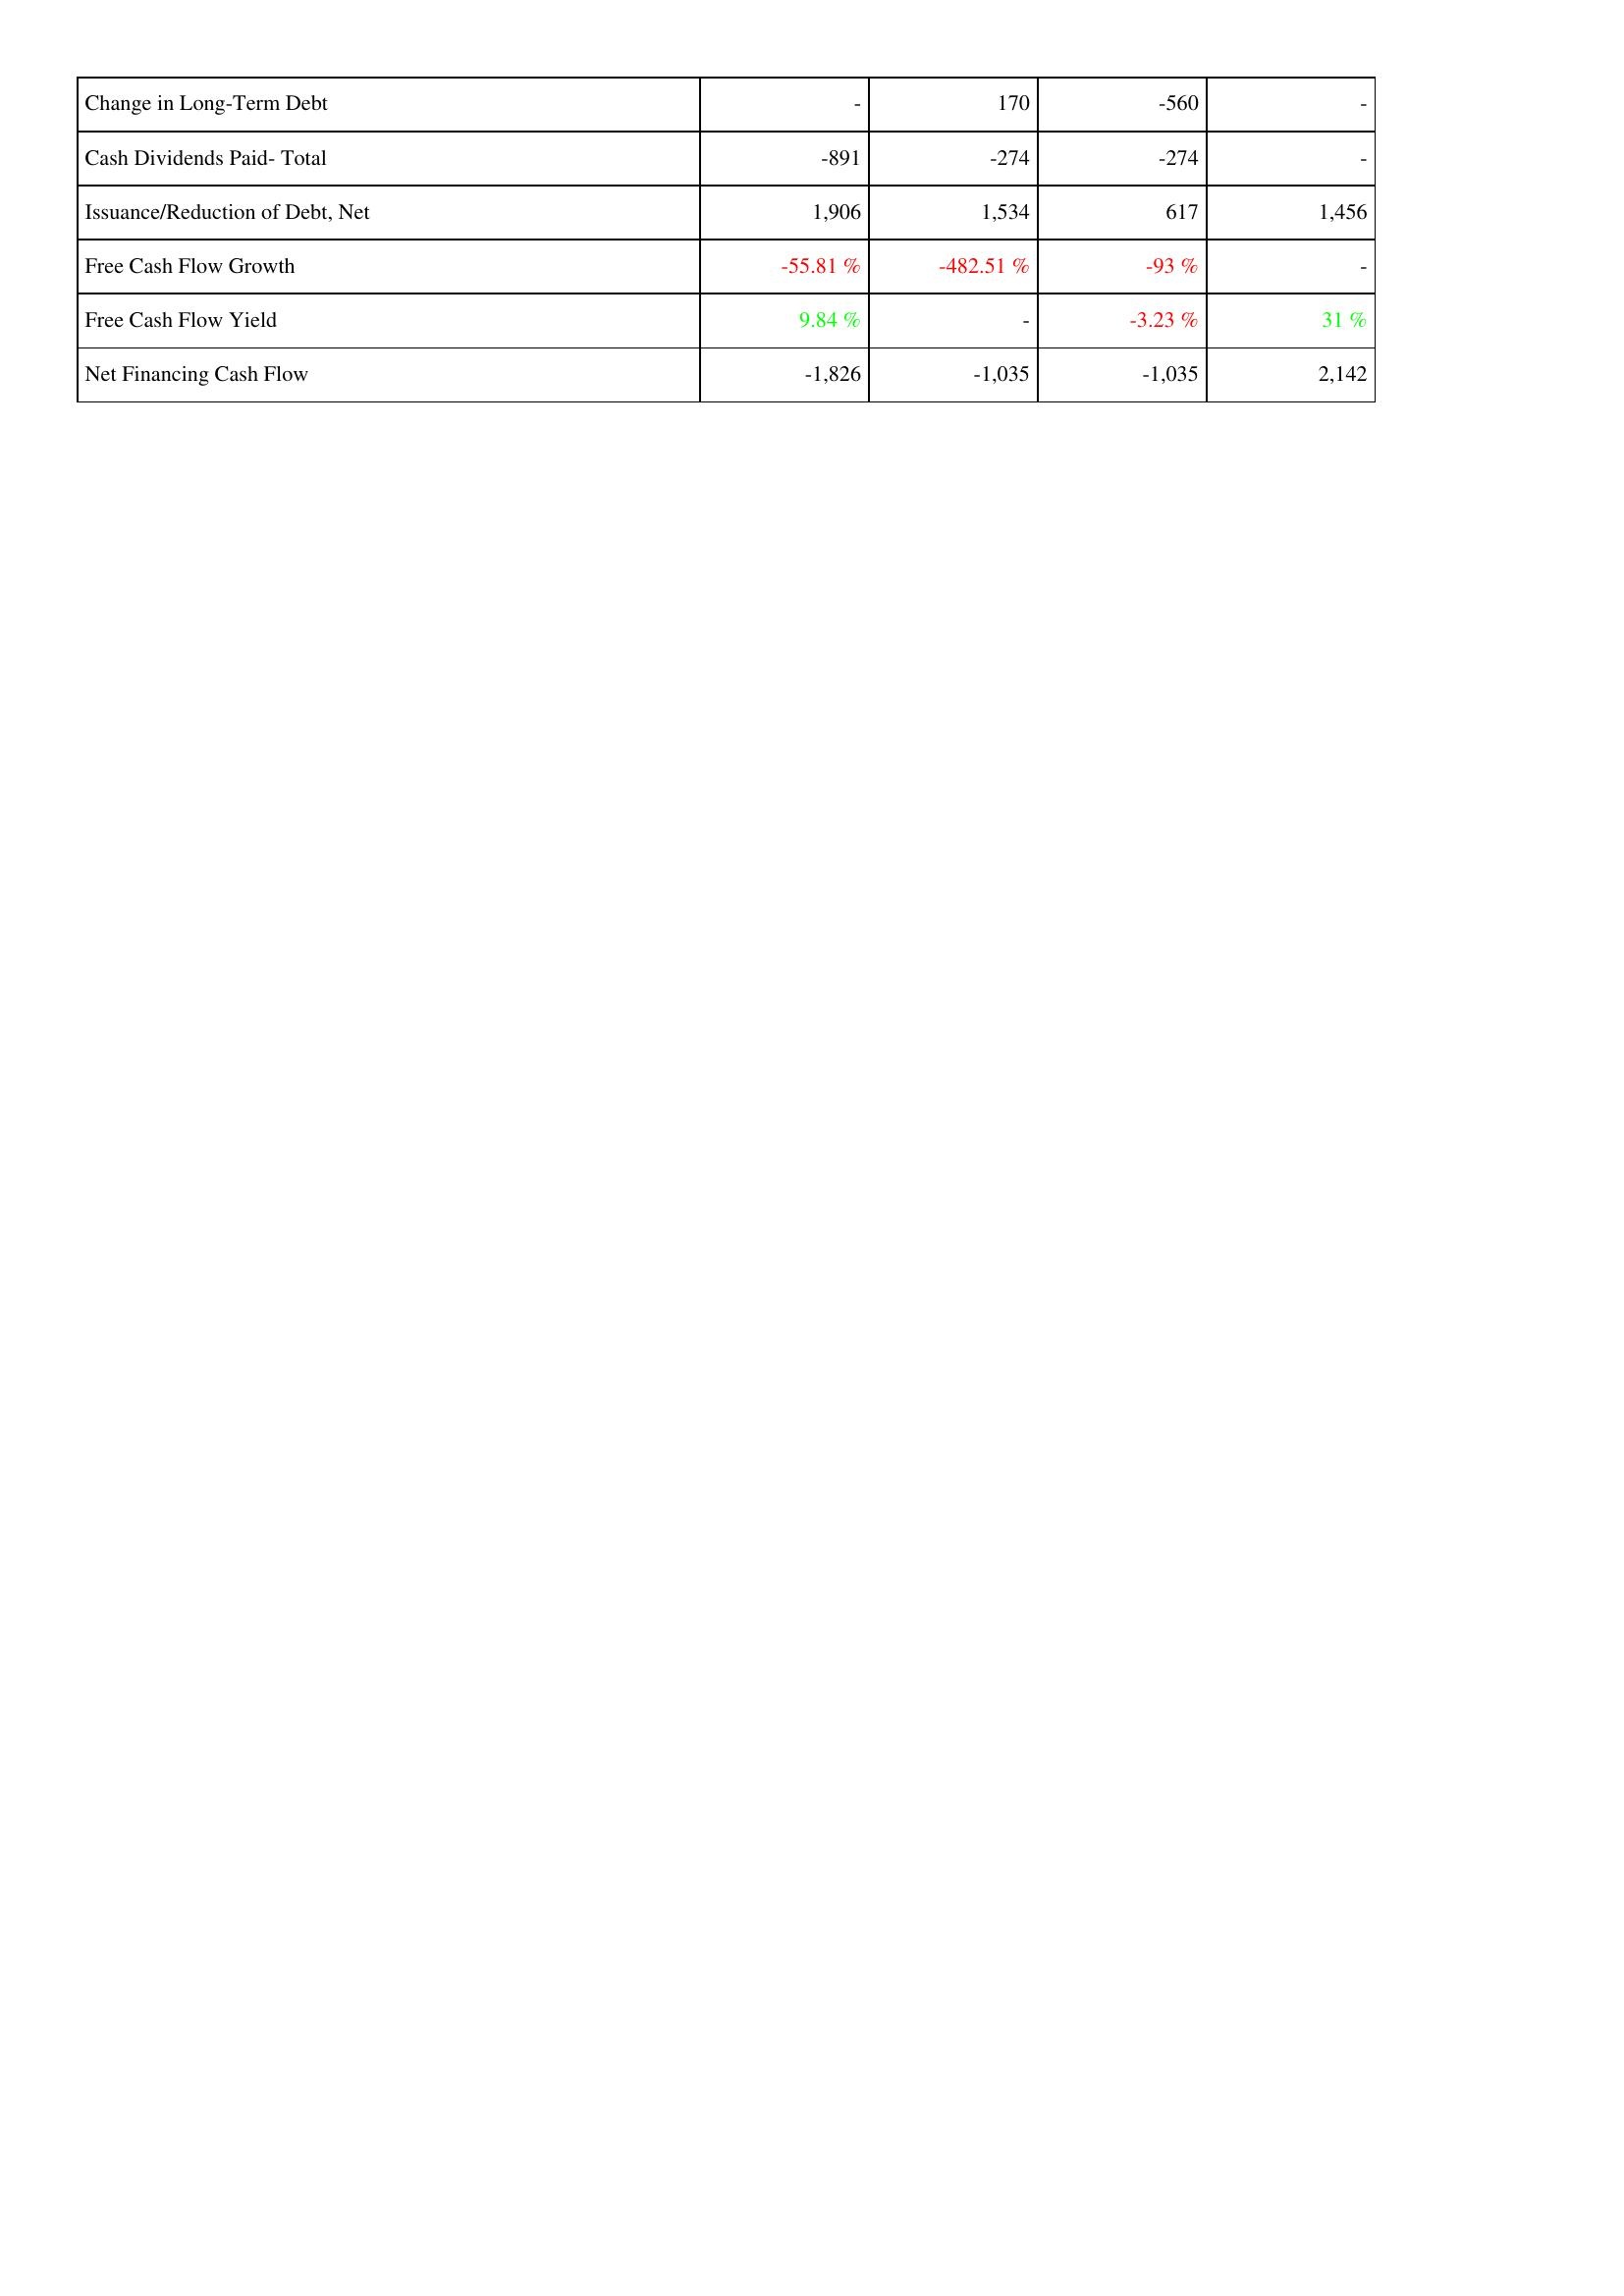
2012: Financing Activities: Change in Long-Term Debt: -
Cash Dividends Paid- Total: -891
Issuance/Reduction of Debt, Net: 1,906
Free Cash Flow Growth: -55.81 %
Free Cash Flow Yield: 9.84 %
Net Financing Cash Flow: -1,826
2011: Financing Activities: Change in Long-Term Debt: 170
Cash Dividends Paid- Total: -274
Issuance/Reduction of Debt, Net: 1,534
Free Cash Flow Growth: -482.51 %
Free Cash Flow Yield: -
Net Financing Cash Flow: -1,035
2010: Financing Activities: Change in Long-Term Debt: -560
Cash Dividends Paid- Total: -274
Issuance/Reduction of Debt, Net: 617
Free Cash Flow Growth: -93 %
Free Cash Flow Yield: -3.23 %
Net Financing Cash Flow: -1,035
2009: Financing Activities: Change in Long-Term Debt: -
Cash Dividends Paid- Total: -
Issuance/Reduction of Debt, Net: 1,456
Free Cash Flow Growth: -
Free Cash Flow Yield: 31 %
Net Financing Cash Flow: 2,142